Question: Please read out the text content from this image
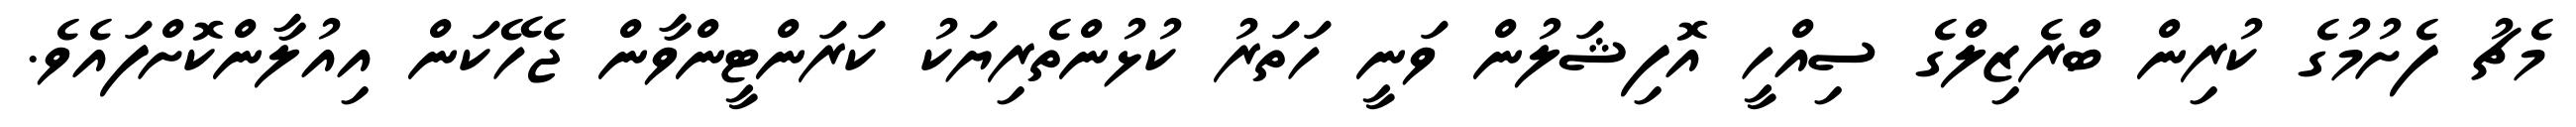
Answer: މެޗު ފެށުމުގެ ކުރިން ބްރެޒިލްގެ ސިއްހީ އޮފިޝަލުން ވަނީ ހަތަރު ކުޅުންތެރިޔަކު ކަރަންޓީންވާން ޖެހޭކަން އިއުލާންކޮށްފައެވެ.